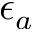
\epsilon _ { a }